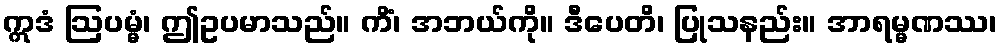
ဣဒံ ဩပမ္မံ၊ ဤဥပမာသည်။ ကိံ၊ အဘယ်ကို။ ဒီပေတိ၊ ပြုသနည်း။ အာရမ္မဏဿ၊